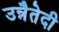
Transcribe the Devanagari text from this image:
उन्नैतेदी